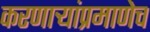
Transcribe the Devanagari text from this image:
करणार्‍यांप्रमाणेच